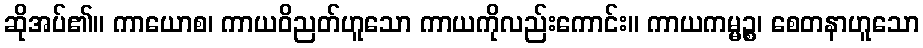
ဆိုအပ်၏။ ကာယောစ၊ ကာယဝိညတ်ဟူသော ကာယကိုလည်းကောင်း။ ကာယကမ္မဉ္စ၊ စေတနာဟူသော